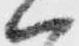
ハ